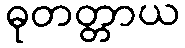
ဓုတတ္တာယ